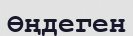
Өңдеген